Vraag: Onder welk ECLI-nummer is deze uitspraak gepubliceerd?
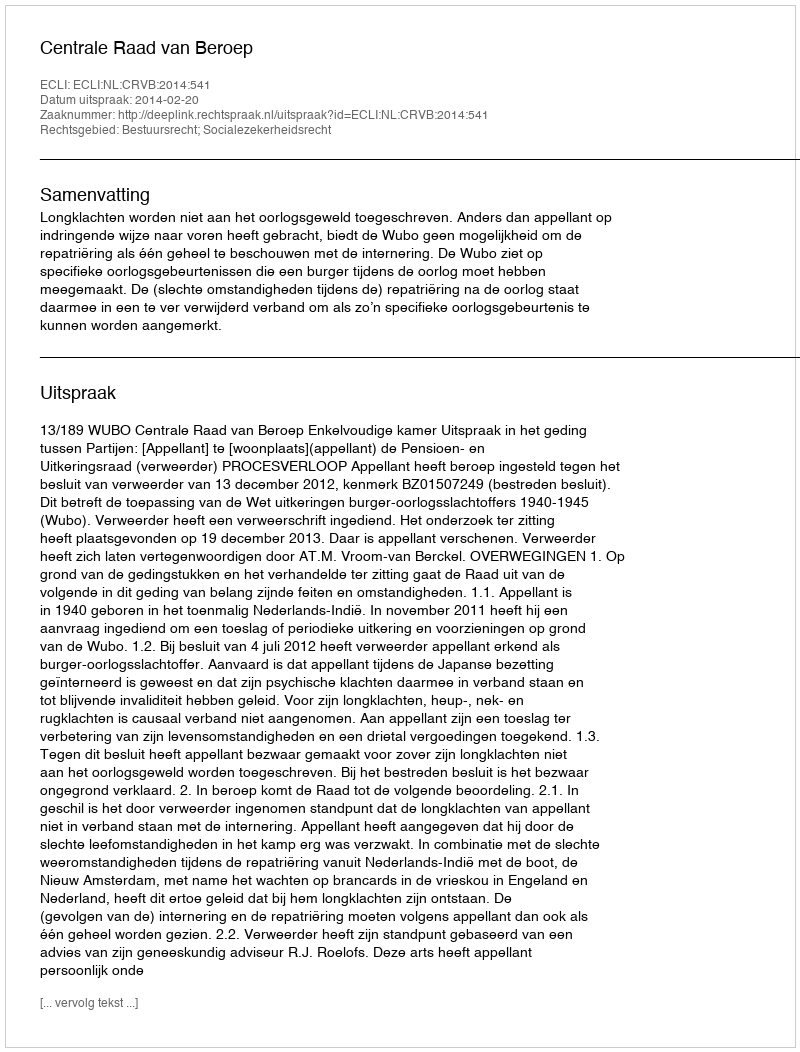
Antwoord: ECLI:NL:CRVB:2014:541